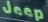
Jeep